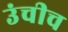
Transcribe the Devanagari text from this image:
उंचीच